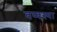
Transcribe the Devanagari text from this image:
वय्वस्था